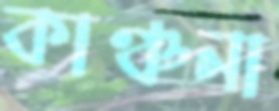
কাঞ্চনা